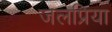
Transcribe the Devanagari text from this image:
जलप्रिया